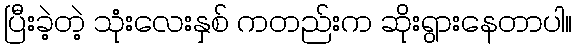
ပြီးခဲ့တဲ့ သုံးလေးနှစ် ကတည်းက ဆိုးရွားနေတာပါ။